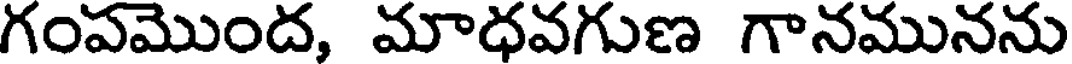
గంపమొంద, మాధవగుణ గానమునను